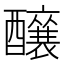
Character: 𮡌